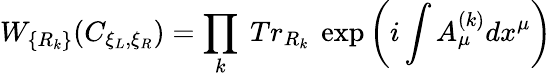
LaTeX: W_{\{ R_{k}\} }(C_{\xi_{L},\xi_{R}})=\prod_{k}~Tr_{R_{k}}~\exp\left(i\int A_{\mu}^{(k)}dx^{\mu}\right)